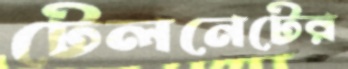
টেলনেটের